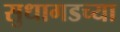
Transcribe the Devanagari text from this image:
सुधागडच्या